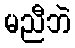
မညီဘဲ